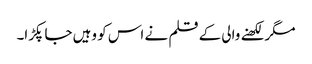
مگر لکھنے والی کے قلم نے اس کو وہیں جا پکڑا۔